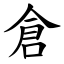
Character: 倉